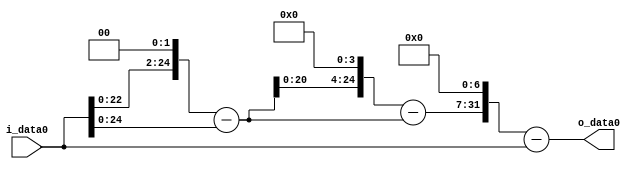
module multiplier_block (
    i_data0,
    o_data0
);

  // Port mode declarations:
  input   [31:0] i_data0;
  output  [31:0]
    o_data0;

  //Multipliers:

  wire [31:0]
    w1,
    w4,
    w3,
    w48,
    w45,
    w5760,
    w5759;

  assign w1 = i_data0;
  assign w3 = w4 - w1;
  assign w4 = w1 << 2;
  assign w45 = w48 - w3;
  assign w48 = w3 << 4;
  assign w5759 = w5760 - w1;
  assign w5760 = w45 << 7;

  assign o_data0 = w5759;

  //multiplier_block area estimate = 4853.21747696324;
endmodule